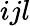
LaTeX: ijl